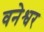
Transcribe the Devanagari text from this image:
वनेश्वर